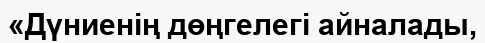
«Дүниенің дөңгелегі айналады,